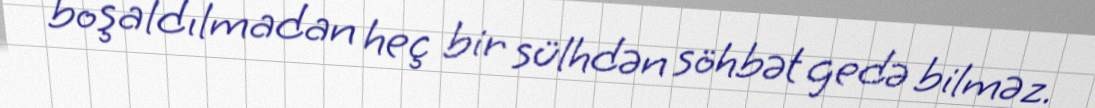
boşaldılmadan heç bir sülhdən söhbət gedə bilməz.